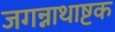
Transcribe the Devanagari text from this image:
जगन्नाथाष्टक